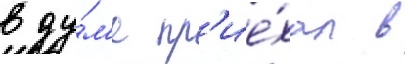
в ду́м'е пр'ие́хал в